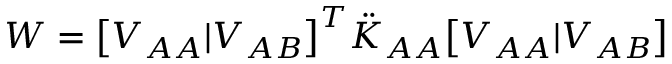
W = \big [ V _ { A A } | V _ { A B } \big ] ^ { T } \ddot { K } _ { A A } \big [ V _ { A A } | V _ { A B } \big ]